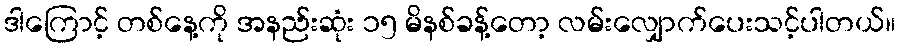
ဒါကြောင့် တစ်နေ့ကို အနည်းဆုံး ၁၅ မိနစ်ခန့်တော့ လမ်းလျှောက်ပေးသင့်ပါတယ်။